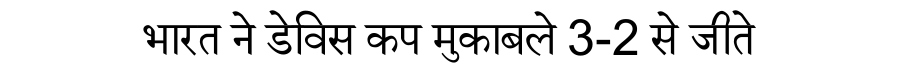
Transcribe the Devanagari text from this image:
भारत ने डेविस कप मुकाबले 3-2 से जीते